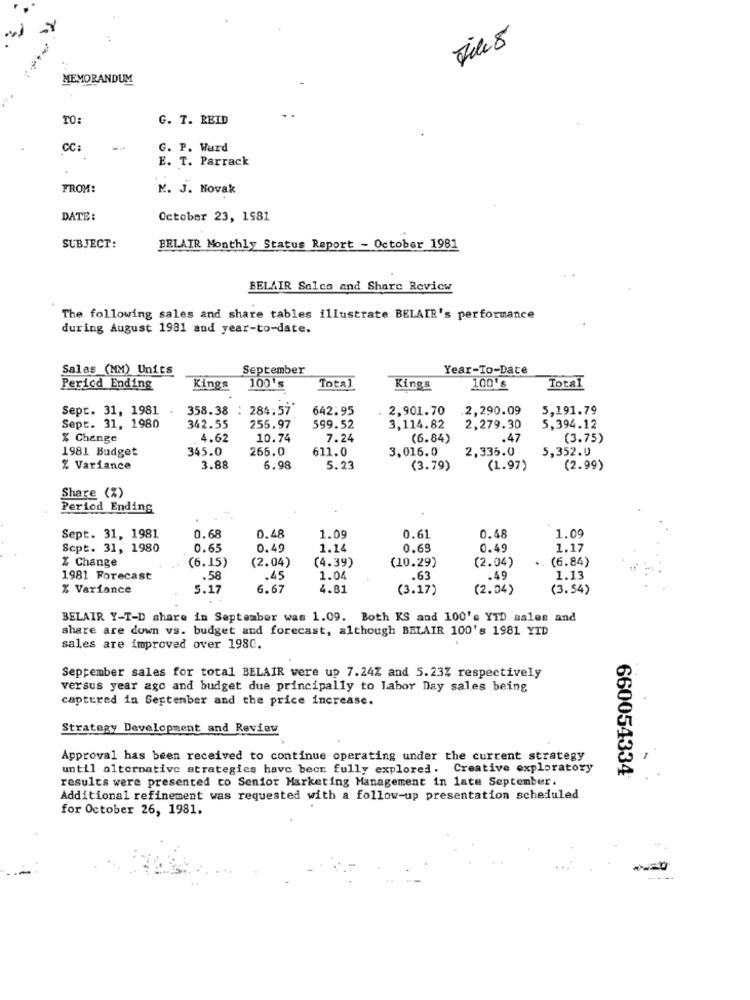
-
MEMORANDUM
TO:
G. T. REID
CC:
G. P. Ward
E. T. Parrack
FROM:
K. J. Novak
DATE:
October 23, 1981
SUBJECT:
BELAIR Monthly Status Report - October 1981
BELAIR Salcs and Share Review
The following sales and share tables illustrate BELAIR's performance
during August 1981 and year-to-date.
Sales (MM) Units
September
Year-To-Date
100's
Total
Period Ending
Kings
Total
Kings
100's
Sept. 31, 1981
358.38 : 284:57
642.95
2,901.70
.2,290.09
5,191.79
5,394.12
Sept. 31, 1980
342.55
256.97
599.52
3,114.82
2,279.30
% Change
4.62
10.74
7.24
(6.84)
.47
(3.75)
1981 Budget
345.0
266.0
611.0
3,016.0
2,336.0
5,352.0
% Variance
3.88
6.98
5.23
(3.79)
(1.97)
(2.99)
Share (%)
Period Ending
0.48
Sept. 31, 1981
0.68
0.48
1.09
0.61
1.09
Sept. 31, 1980
0.65
0.49
1.14
0.69
0.49
1.17
% Change
(6.15)
(4.39)
(10.29)
(2.04)
(6.84)
(2.04)
1981 Forecast
.58
45
1.04
.63
.49
1.13
% Variance
5.17
6.67
4.81
(3.17)
(2.04)
(3.54)
BELAIR Y-T-D share in September was 1.09. Both KS and 100's YTD sales and
share are down vs. budget and forecast, although BELAIR 100's 1981 YID
sales are improved over 198C.
September sales for total BELAIR were up 7.24% and 5.23% respectively
versus year ago and budget due principally to Labor Day sales being
captured in September and the price increase.
Strategy Development and Review
Approval has been received to continue operating under the current strategy
until alternative strategies have becr fully explored. Creative exploratory
results were presented to Senior Marketing Management in late September.
660054334
Additional refinement was requested with a follow-up presentation scheduled
for October 26, 1981.